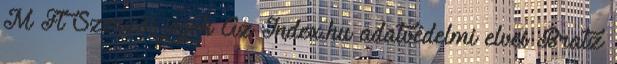
M Ft Szerzői jogok Az Index.hu adatvédelmi elvei Bratz